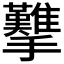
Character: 𢺋